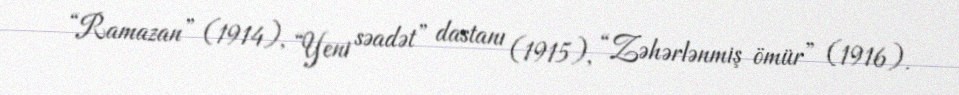
“Ramazan” (1914), “Yeni səadət” dastanı (1915), “Zəhərlənmiş ömür” (1916).